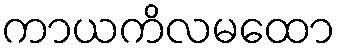
ကာယကိလမထော